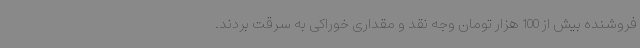
فروشنده بیش از 100 هزار تومان وجه نقد و مقداری خوراکی به سرقت بردند.